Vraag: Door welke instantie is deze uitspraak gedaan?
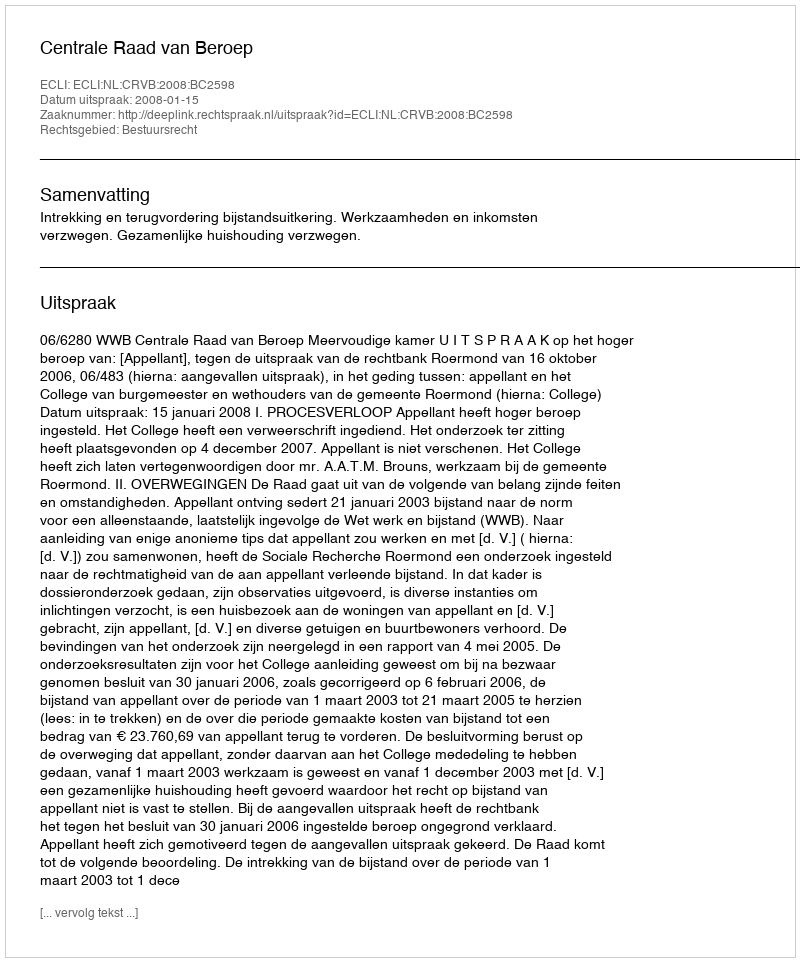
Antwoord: Centrale Raad van Beroep